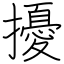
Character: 擾